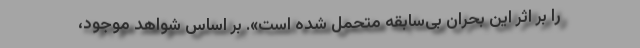
را بر اثر این بحران بی‌سابقه متحمل شده است». بر اساس شواهد موجود،